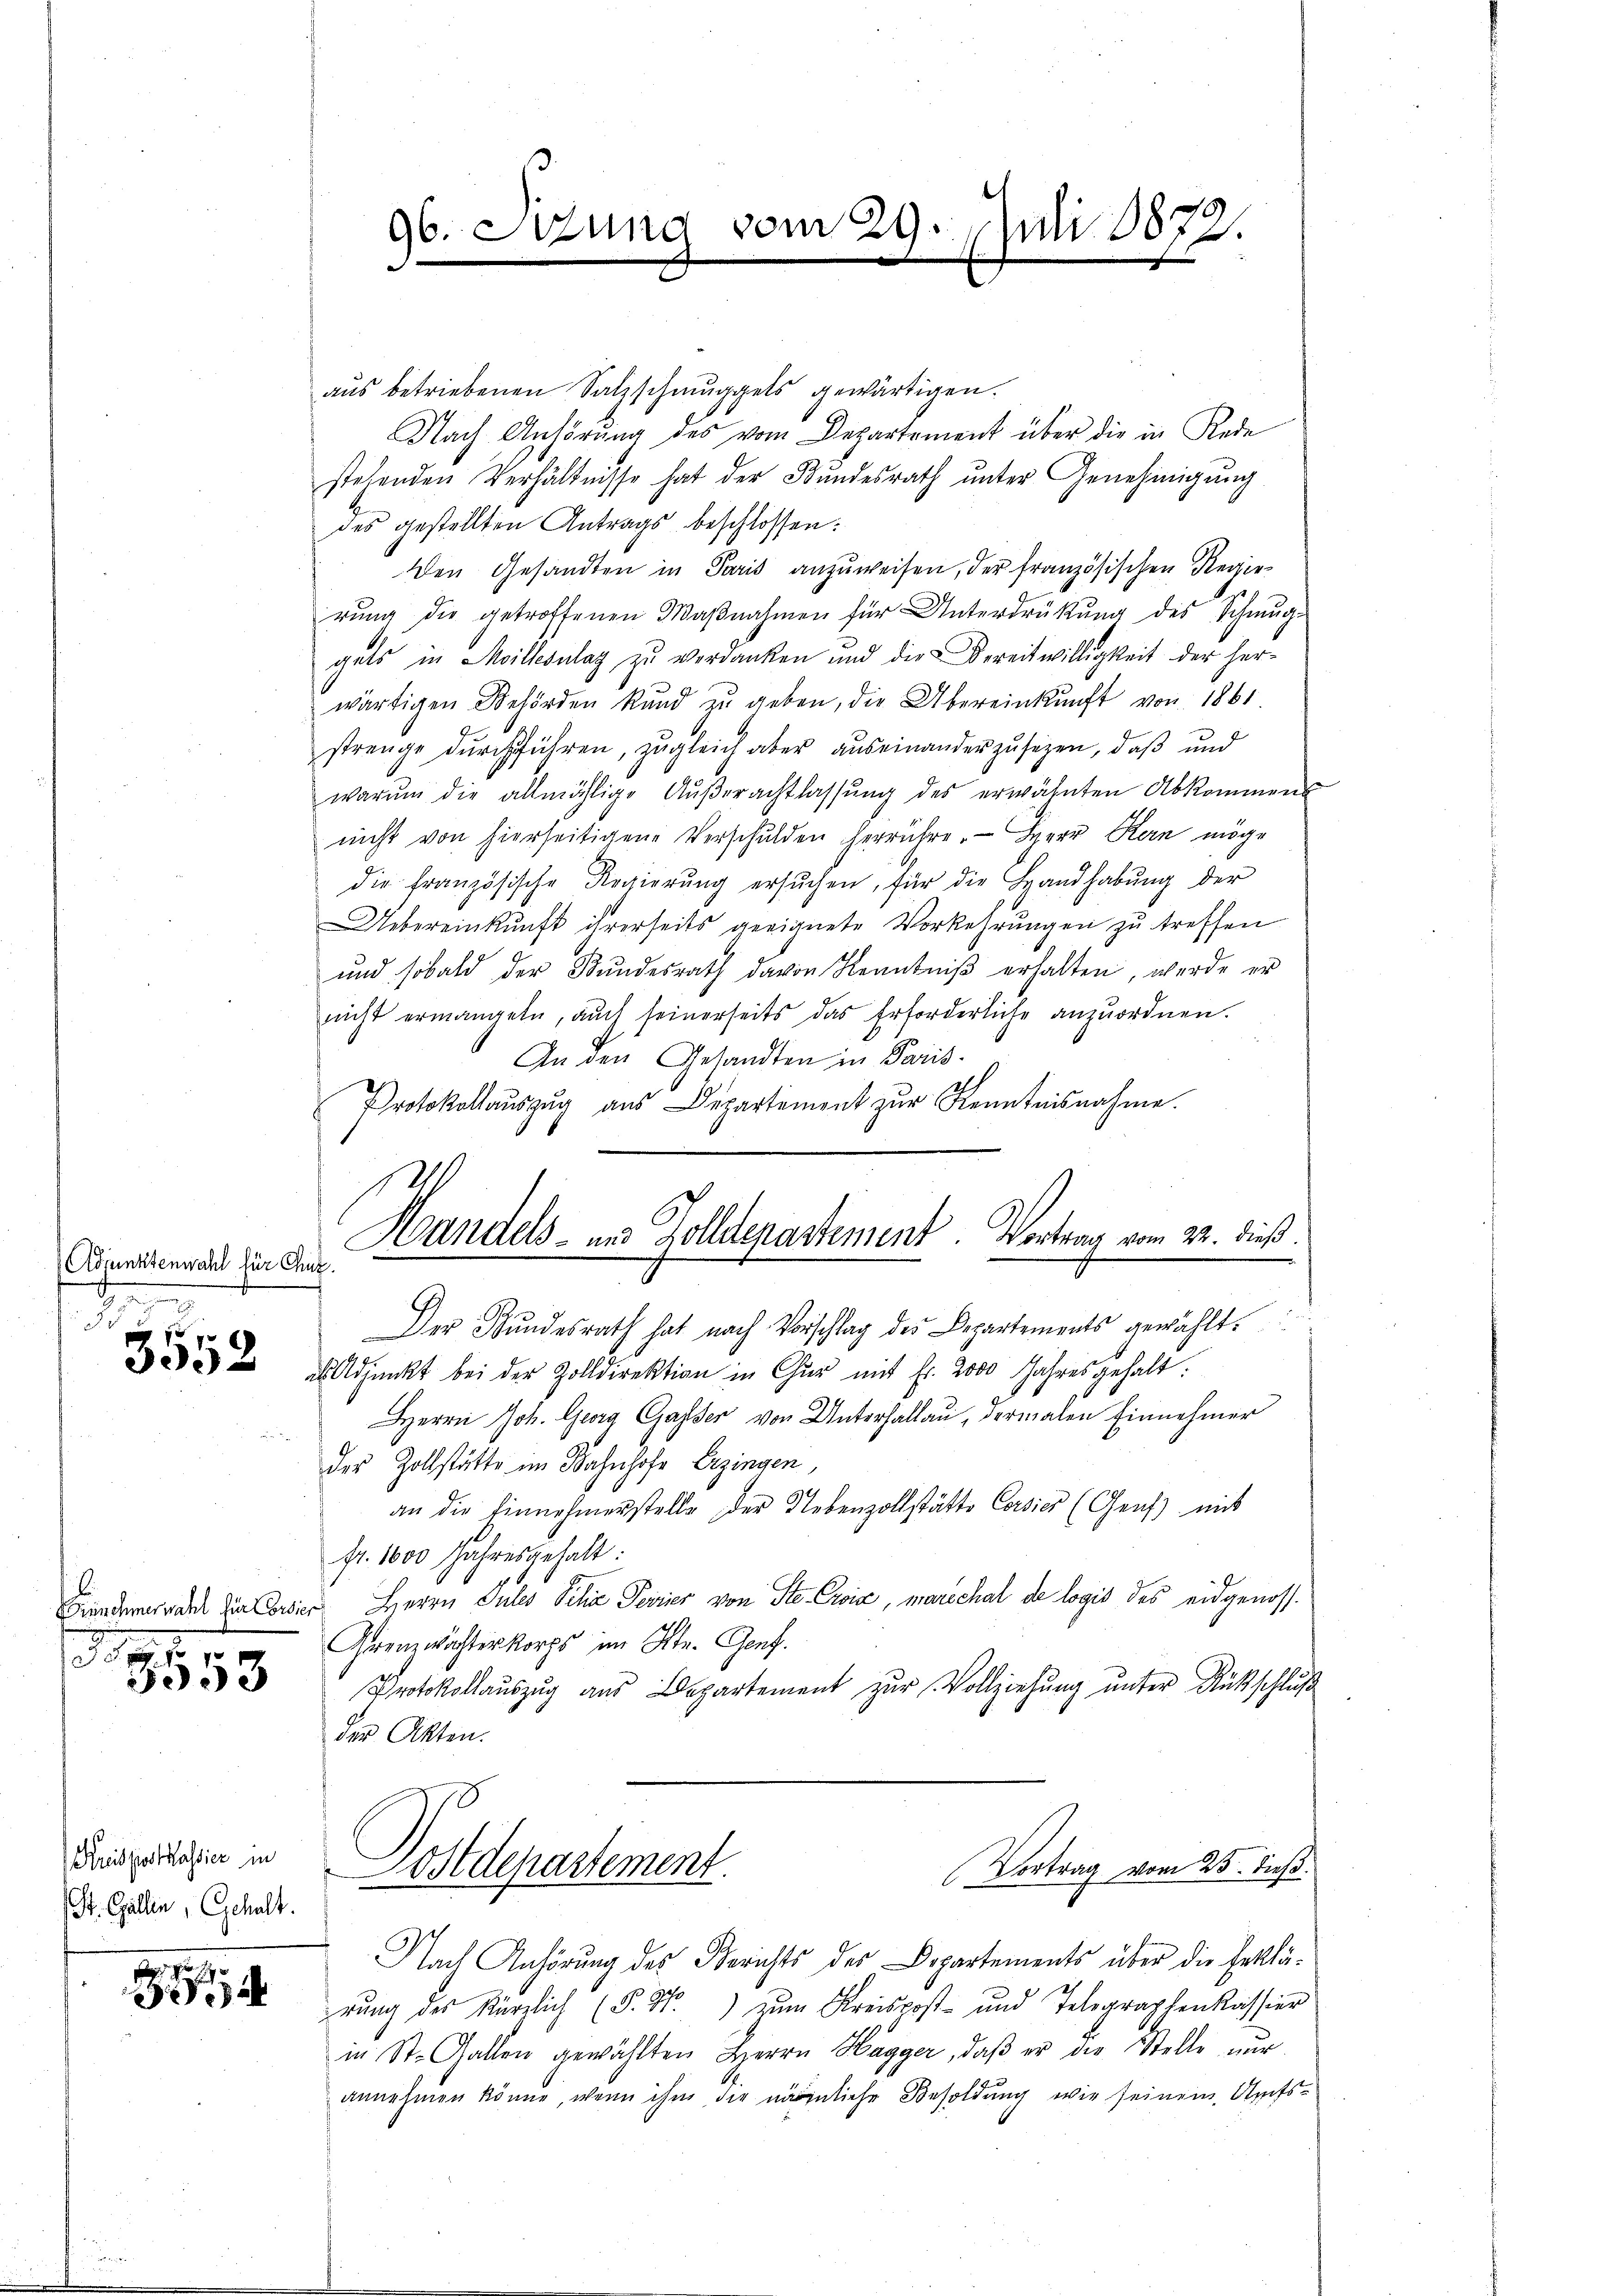
Adjunktenwahl für Chut.

s

1

3553

Kreispostkassier in
St. Gallen, Gehalt.
Fr. 1

96. Szung vom 29. Juli 1872.

aus betriebenen Salzschmuggels gewärtigen.
Nach Anhörung des vom Departement über die in Rede
stehenden Verhältnisse hat der Bundesrath unter Genehmigung
des gestellten Antrags beschlossen:
Den Gesandten in Paris anzuweisen, der französischen Regie¬
.
rung die getroffenen Waßnahmen für Unterdrückung des Schmug-
guts in Millesalaz zu verdanken und die Bereitwilligkeit der herwärtigen Behörden kund zu geben, die Übereinkunft von 1861
strenge durchführen, zugleich aber auseinanderzusezen, daß und
warŭm die allmählige Aŭβerachtlassŭng des erwähnten Abkommens
nicht von hierseitigene Verschulden herrühre. Herr Rain möge
die französische Regierŭng ersŭchen, für die Handhabŭng der
Uebereinkunft ihrerseits geeignete Vorkehrŭngen zŭ treffen
und sobald der Bundesrath davon Kenntniß erhalten, werde er
nicht ermangete, auch seinerseits das Erforderliche anzuordnen.
An den Gesandten in Paris
Protokollauszug aus Departement zur Kenntnisnahme.
Der Bŭndesrath hat nach Vorschlag des Departements gewählt.
lpunkt bei der Zolldirektion in Chur mit Fr. 2000 Jahres gehalt.
Herrn Joh. Georg Gasser von Unterhallau, dermalen Einnehmer
der Zollstätte im Bahnhofe Erzingen,
an die Einnehmerstelle der Nebenzollstätte Corsier (Genf mit
fr. 1000 Jahresgehalt:
Brandernde die Concier Herrn Jules Silie Terrier von Ste Ewig, marechal de logis des eidgenoss
Grenzwachterkorps im St. Genf.
Protokollaŭszŭg aŭs Departement zŭr Vollziehŭng ŭnter Rückschlŭβ
der Akten.
Postdepartement.
Vortrag vom 25. dieß
Nach Anhörung des Berichts des Departements über die Erklärŭng des kürzlich (§. 34. zŭm Kreispost- und Telegraphenkassier
in St. Gallen gewählten Herrn Hagger, daβ er die Stelle nŭr
annehmen könne, wenn ihm die nämmliche Besoldung wie seinem Aufs¬

1210
Handels- und Zolldenartement. Vortrag vom 22. dieß.